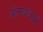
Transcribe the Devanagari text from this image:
चेताबंधाने